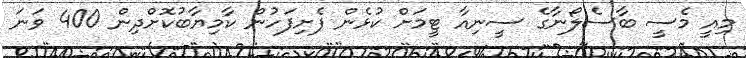
މިއީ މެސީ ބާސެލޯނާގެ ސީނިއާ ޓީމަށް ކުޅެން ފެށިފަހުން ކާމިޔާބުކޮށްދިން 400 ވަނަ